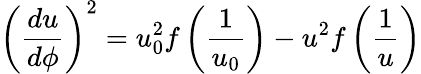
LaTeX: \left(\frac{du}{d\phi}\right)^{2}=u_{0}^{2}f\left(\frac{1}{u_{0}}\right)-u^{2}f\left(\frac{1}{u}\right)